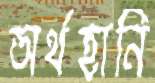
অর্থহানি